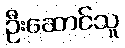
ဦးဆောင်သူ